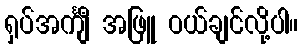
ရှပ်အင်္ကျီ အဖြူ ဝယ်ချင်လို့ပါ။